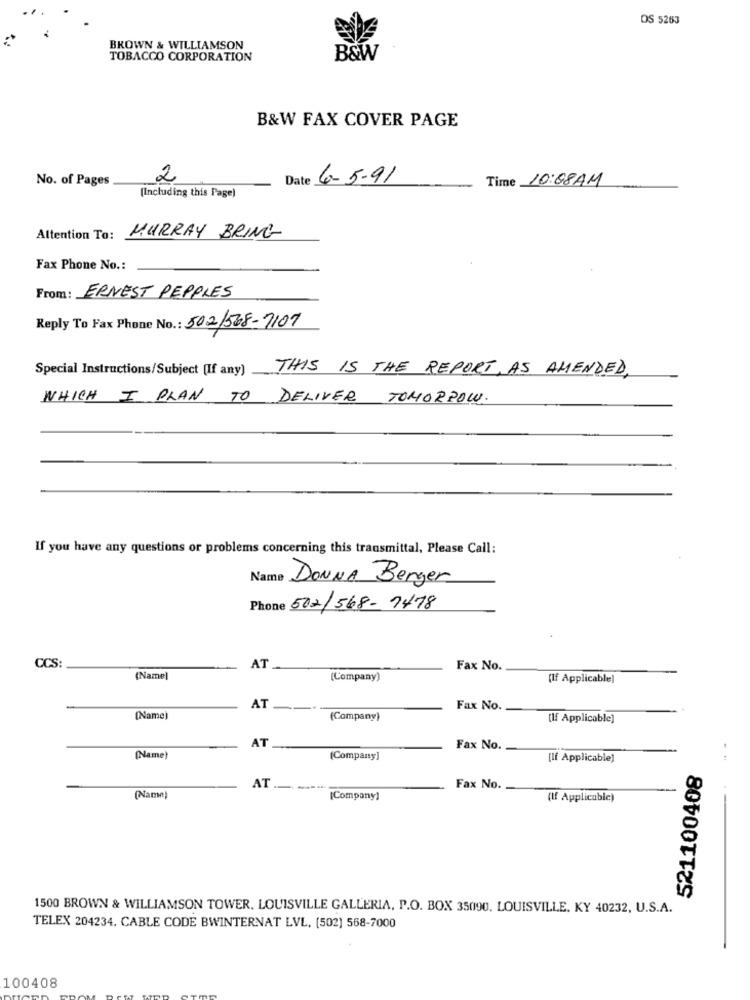
OS 5263
BROWN & WILLIAMSON
TOBACCO CORPORATION
B&W
B&W FAX COVER PAGE
No. of Pages
2
Date 6-5-91
Time 10:08AM
(Including this Page)
Attention To: MURRAY BRING
Fax Phone No .:
From : ERNEST PEPPLES
Reply To Fax Phone No .: 502/538-7107
Special Instructions/Subject (If any) THIS IS THE REPORT, AS AMENDED,
WHICH I PLAN TO DELIVER TOMORROW.
If you have any questions or problems concerning this transmittal, Please Call:
Name DONNA Berger
Phone 502/568-7478
CCS:
AT
Fax No.
(Name]
(Company)
(If Applicable]
AT
Fax No.
[Name)
(Company)
[If Applicable]
AT
Fax No.
(Name)
(Company]
[If Applicable]
521100408
AT
Fax No.
(Name)
[Company]
(If Applicable)
1500 BROWN & WILLIAMSON TOWER. LOUISVILLE GALLERIA, P.O. BOX 35090. LOUISVILLE. KY 40232, U.S.A.
TELEX 204234. CABLE CODE BWINTERNAT LVL, (502) 568-7000
100408